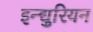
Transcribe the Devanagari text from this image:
इन्द्युरियन